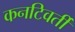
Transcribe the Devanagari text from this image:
कनटिवर्ती